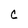
Character: c